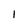
Character: I